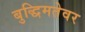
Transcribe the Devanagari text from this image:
बुद्धिमतेवर